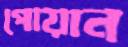
পোয়ান